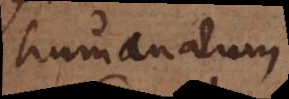
humanarum